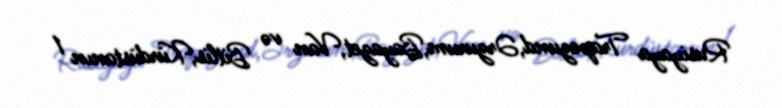
Rusiyaya Trapezund,Ərzurum,Bayazet,Van və Bitlis,Kürdüstanın 1